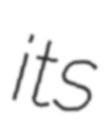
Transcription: its